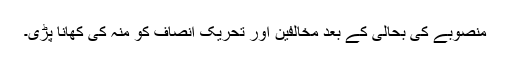
منصوبے کی بحالی کے بعد مخالفین اور تحریک انصاف کو منہ کی کھانا پڑی۔